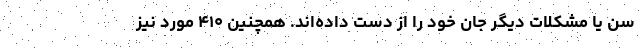
سن یا مشکلات دیگر جان خود را از دست داده‌اند. همچنین ۴۱۰ مورد نیز